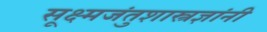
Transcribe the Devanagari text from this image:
सूक्ष्मजंतुशास्त्रज्ञांनी